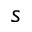
s